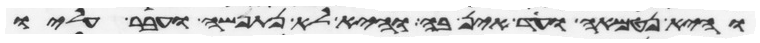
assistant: והיא נטמאה ועד אין בה והיא לא נתפשה ועבר עליו